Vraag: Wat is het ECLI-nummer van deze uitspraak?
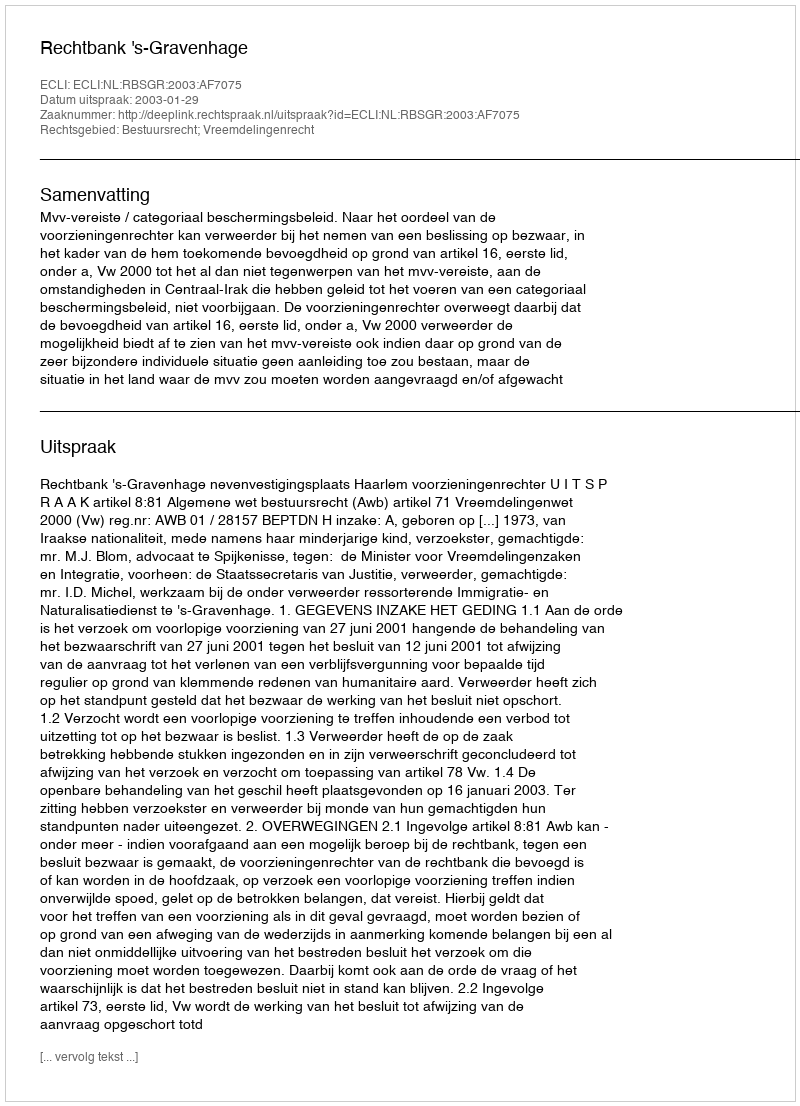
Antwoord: ECLI:NL:RBSGR:2003:AF7075